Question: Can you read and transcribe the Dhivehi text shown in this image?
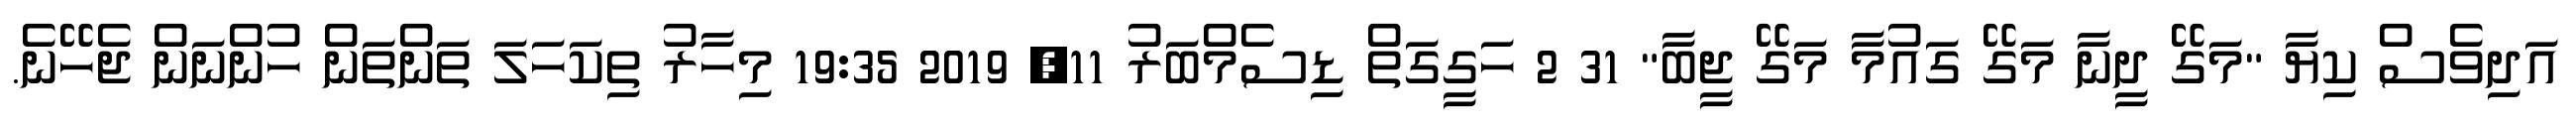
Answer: އަދިވެސް ކިޔާ "މަގޭ ދީނާ މަގޭ ގައުމާ މަގޭ ޖީބާ" 31 2 ހަގީގަތް ޑިސެމްބަރު 11, 2019 19:35 މިހާރު ތިކަހަލަ ތަންތަން ހުންނަން ޖެހޭނެ.